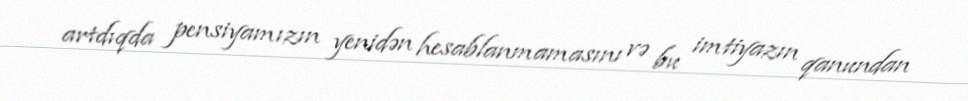
artdıqda pensiyamızın yenidən hesablanmamasını və bu imtiyazın qanundan